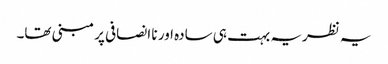
یہ نظریہ بہت ہی سادہ اور نا انصافی پر مبنی تھا۔